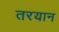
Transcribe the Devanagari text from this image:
तरयान